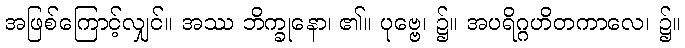
အဖြစ်ကြောင့်လျှင်။ အဿ ဘိက္ခုနော၊ ၏။ ပုဗ္ဗေ၊ ၌။ အပရိဂ္ဂဟိတကာလေ၊ ၌။